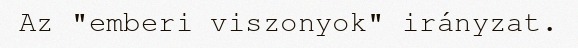
Az "emberi viszonyok" irányzat.